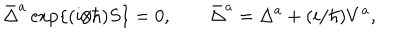
\bar { \Delta } ^ { a } \, \mathrm { e x p } \{ ( i / \hbar ) S \} = 0 , \qquad \bar { \Delta } ^ { a } = \Delta ^ { a } + ( i / \hbar ) V ^ { a } ,